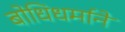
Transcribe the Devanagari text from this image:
बोधिधर्माने